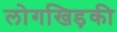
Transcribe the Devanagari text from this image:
लोगखिड़की